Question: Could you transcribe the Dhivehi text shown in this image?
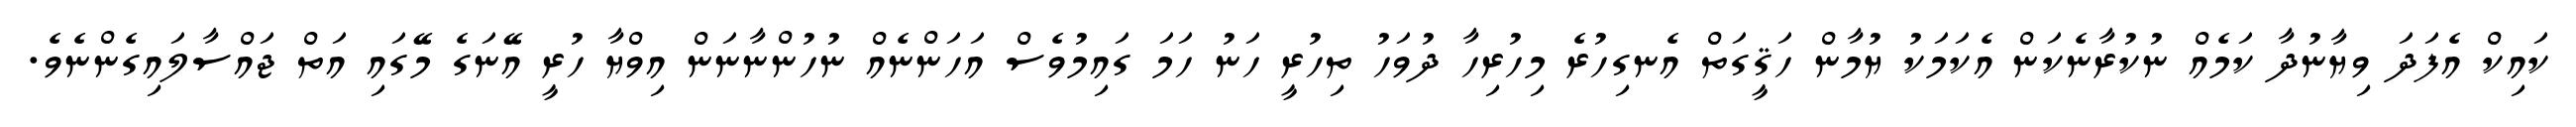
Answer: ކައިކް އެފަދަ ވިޔާނުދާ ކަމެއް ނުކުރާނެކަން އެކަމަކު ޔުމާން ހަޤީގަތް އެނގިހުރެ މިހުރިހާ ދުވަހު ތިހުރީ ހަނު ހަމަ ގައިމުވެސް އަހަންނެއް ނުހުންނާނަން އިވްޔާ ހުރީ އޭނަގެ މޭގައި އަތް ޖައްސާލައިގެންނެވެ.